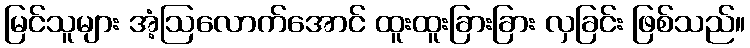
မြင်သူများ အံ့ဩလောက်အောင် ထူးထူးခြားခြား လှခြင်း ဖြစ်သည်။